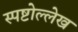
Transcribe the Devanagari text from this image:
स्पष्टोल्लेख